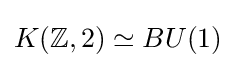
K(\mathbb {Z} ,2)\simeq BU(1)